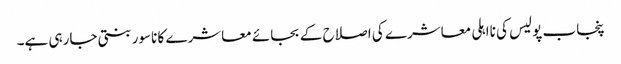
پنجاب پولیس کی نااہلی معاشرے کی اصلاح کے بجائے معاشرے کا ناسور بنتی جارہی ہے۔